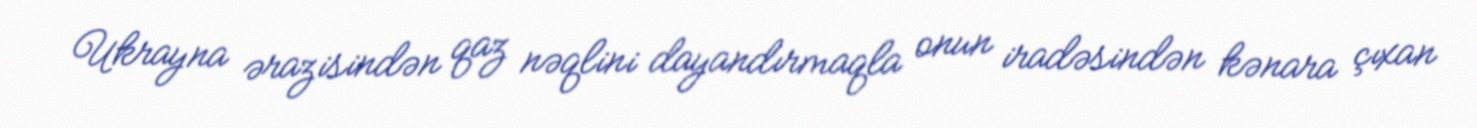
Ukrayna ərazisindən qaz nəqlini dayandırmaqla onun iradəsindən kənara çıxan